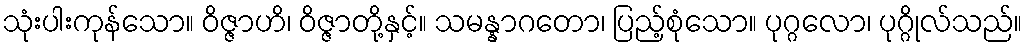
သုံးပါးကုန်သော။ ဝိဇ္ဇာဟိ၊ ဝိဇ္ဇာတို့နှင့်။ သမန္နာဂတော၊ ပြည့်စုံသော။ ပုဂ္ဂလော၊ ပုဂ္ဂိုလ်သည်။